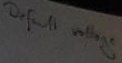
Text: Default voltage